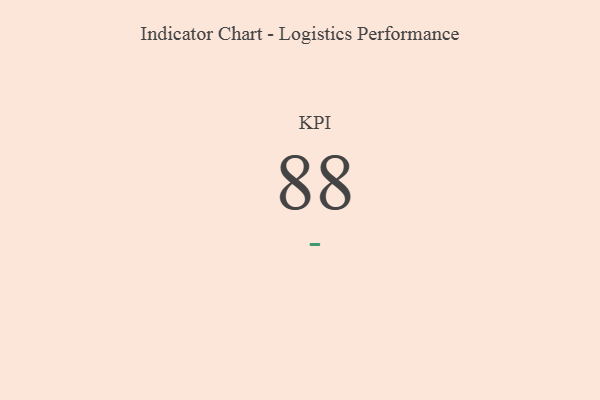
{"axis": {"x": "KPI", "y": "Value"}, "legend": [""], "data": [{"x": "KPI", "y": 88, "type": ""}]}